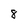
Character: 8